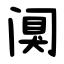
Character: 阒